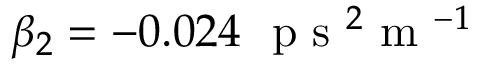
\beta _ { 2 } = - 0 . 0 2 4 ~ \mathrm { ~ p ~ s ~ } ^ { 2 } \mathrm { ~ m ~ } ^ { - 1 }